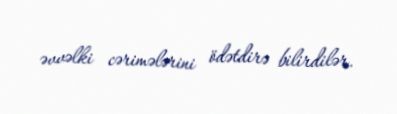
əvvəlki cərimələrini ödətdirə bilirdilər.